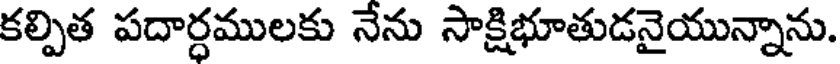
కల్పిత పదార్ధములకు నేను సాక్షిభూతుడనైయున్నాను.